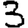
Digit: 3